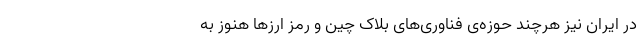
در ایران نیز هرچند حوزه‌ی فناوری‌های بلاک چین و رمز ارزها هنوز به